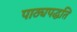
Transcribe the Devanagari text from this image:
पाठ्यपद्धति